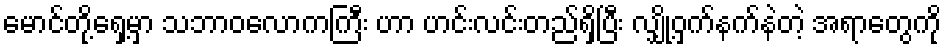
မောင်တို့ရှေ့မှာ သဘာဝလောကကြီး ဟာ ဟင်းလင်းတည်ရှိပြီး လျှို့ဝှက်နက်နဲတဲ့ အရာတွေကို